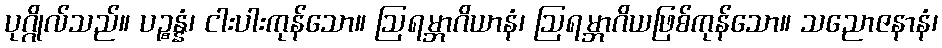
ပုဂ္ဂိုလ်သည်။ ပဉ္စန္နံ၊ ငါးပါးကုန်သော။ ဩရမ္ဘာဂိယာနံ၊ ဩရမ္ဘာဂိယဖြစ်ကုန်သော။ သညောဇနာနံ၊